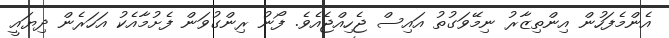
އެންމެފަހުން އިންތިޒާރު ނިމޭވަގުތު އައިސް ޖެހިއްޖެއެވެ. ފޯނު ރިންގުވަން ފެށުމާއެކު އަހަރެން ދިޔައީ